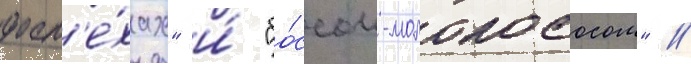
досп'е́хах" и́ "бо́ссом-молокососом" //